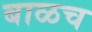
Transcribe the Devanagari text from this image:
बाळच